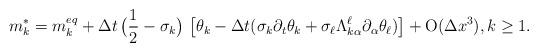
LaTeX: \begin{align*}m_{k}^{*}=m_{k}^{eq}+\Delta t \, \big( \frac{1}{2}-\sigma_{k} \big) \, \left[\theta_{k}-\Delta t (\sigma_{k}\partial_{t} \theta_{k}+\sigma_{\ell} \Lambda_{k\alpha}^{\ell}\partial_{\alpha}\theta_{\ell} )\right] +{\rm{O}}(\Delta x^{3}), k \geq 1.\end{align*}